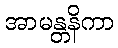
အာမန္တနိကာ